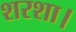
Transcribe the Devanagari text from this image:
शरशा।